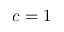
c = 1